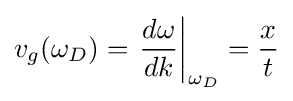
v_{g}(\omega _{D})=\left.{\frac {d\omega }{dk}}\right|_{\omega _{D}}={\frac {x}{t}}